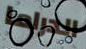
الدراما